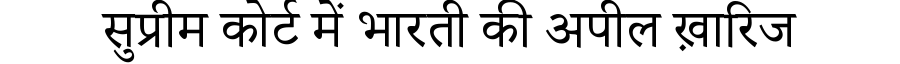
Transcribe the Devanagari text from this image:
सुप्रीम कोर्ट में भारती की अपील ख़ारिज